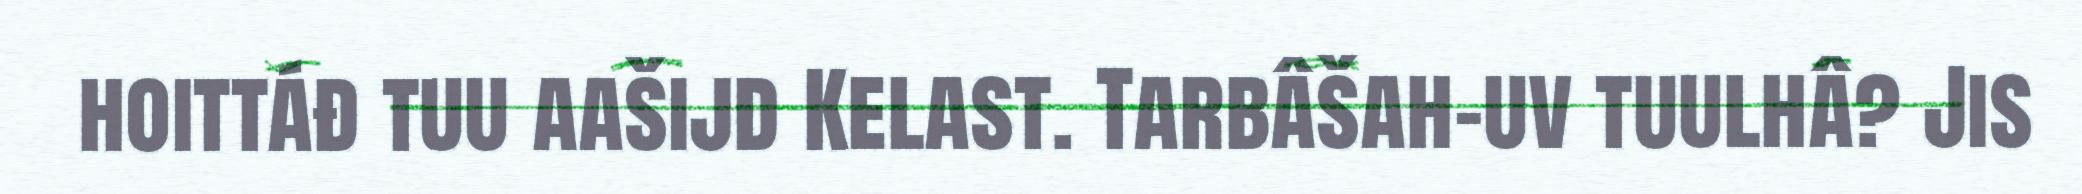
hoittáđ tuu aašijd Kelast. Tarbâšah-uv tuulhâ? Jis